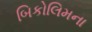
બિકોલિમના